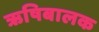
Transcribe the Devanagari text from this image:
ऋषिबालक